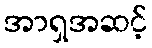
အာရှအဆင့်